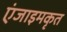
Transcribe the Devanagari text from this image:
एंजाइमकृत